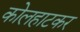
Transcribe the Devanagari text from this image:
कोलहाटकर